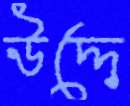
উদ্দে